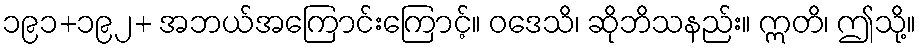
၁၉၁+၁၉၂+ အဘယ်အကြောင်းကြောင့်။ ဝဒေသိ၊ ဆိုဘိသနည်း။ ဣတိ၊ ဤသို့။